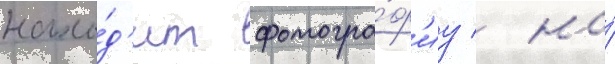
нахо́д'ит фотогра́ф'иу / на́